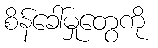
စိန်ခေါ်မှုတွေကို